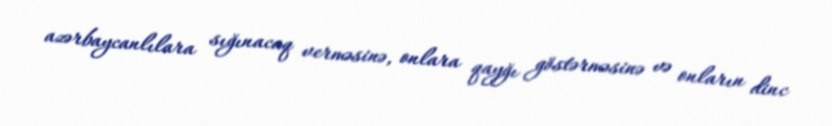
azərbaycanlılara sığınacaq verməsinə, onlara qayğı göstərməsinə və onların dinc